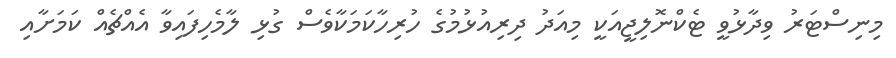
މިނިސްޓަރު ވިދާޅުވީ ޓެކްނޮލިޖީއަކީ މިއަދު ދިރިއުޅުމުގެ ހުރިހާކަމަކާވެސް ގުޅި ލާމެހިފައިވާ އެއްޗެއް ކަމަށާއި